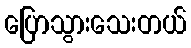
ပြောသွားသေးတယ်